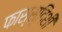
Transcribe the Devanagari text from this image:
फास्स्दिशी